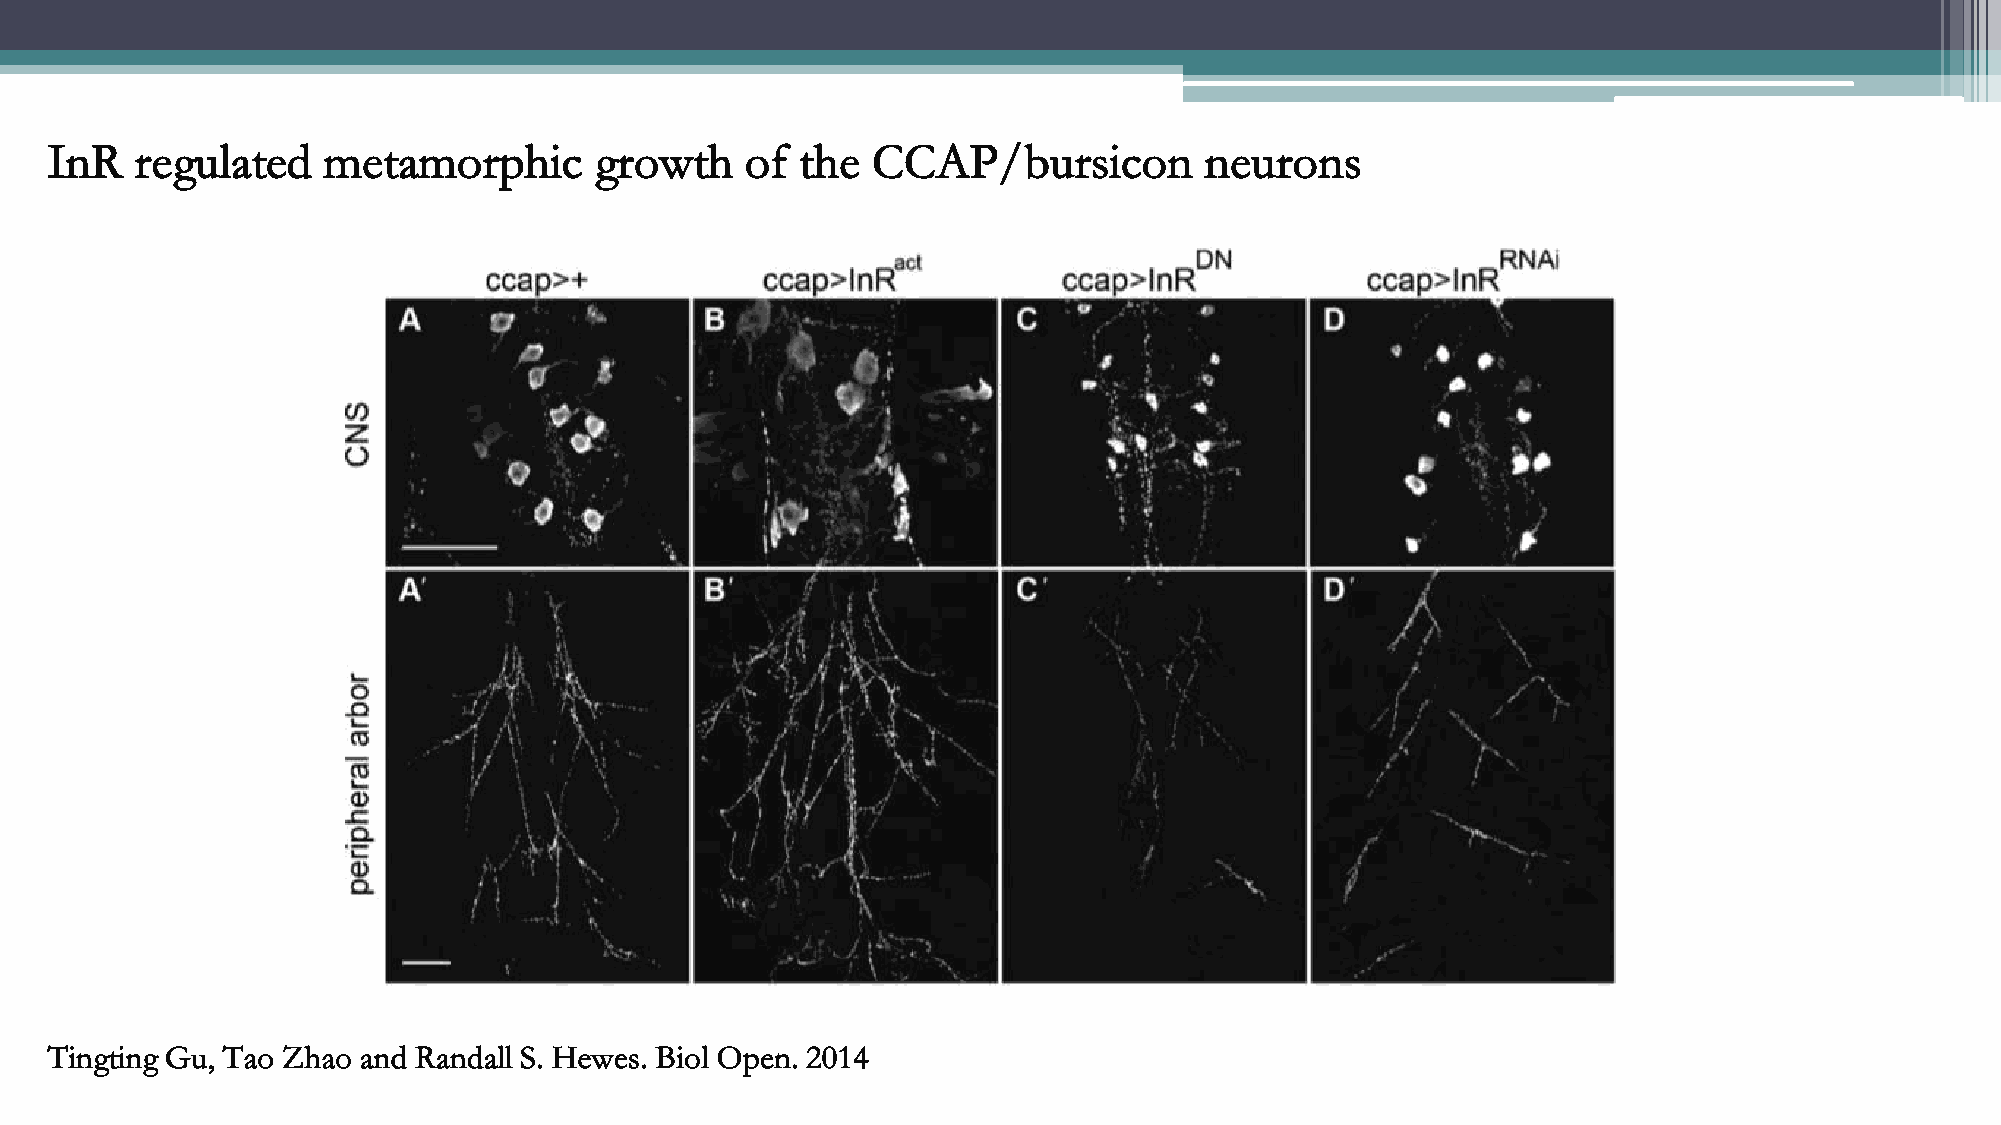
InR   regulated   metamorphic       growth    of  the  CCAP/bursicon         neurons
 Tingting Gu, Tao Zhao and Randall S. Hewes. Biol Open. 2014